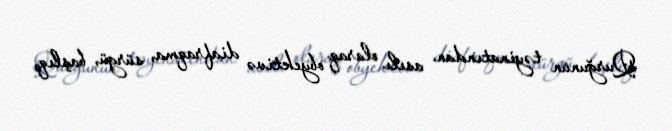
Qurğunun təyinatından asılı olaraq obyektivə diafraqma, sürgü, başlıq,